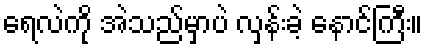
ရေလဲကို အဲသည်မှာပဲ လှန်းခဲ့ နောင်ကြီး။